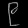
Digit: ၉